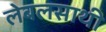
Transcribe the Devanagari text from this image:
लेबलसाथी